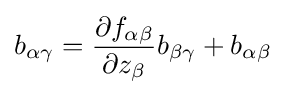
b_{\alpha \gamma }={\frac {\partial f_{\alpha \beta }}{\partial z_{\beta }}}b_{\beta \gamma }+b_{\alpha \beta }